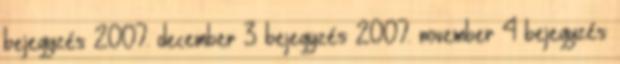
bejegyzés 2007. december 3 bejegyzés 2007. november 4 bejegyzés